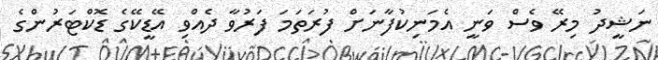
ނަޝީދު މިރޭ ވެސް ވަނީ އެމަނިކުފާނަށް ފުރަތަމަ ފަރުވާ ދެއްވި އޭޑީކޭގެ ޑޮކްޓަރުންގެ